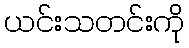
ယင်းသတင်းကို